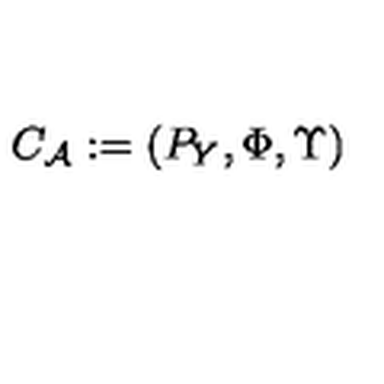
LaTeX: { { C } _ { \cal A } } : = ( P _ { Y } , \Phi , \Upsilon )